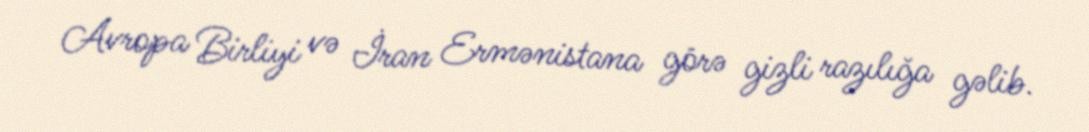
Avropa Birliyi və İran Ermənistana görə gizli razılığa gəlib.